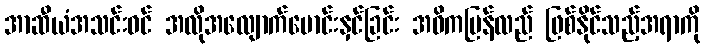
အာဆီယံအသင်းဝင် အလိုအလျောက်မောင်းနှင်ခြင်း အဓိကပြန်လည် ဖြစ်နိုင်သည့်အရာကို